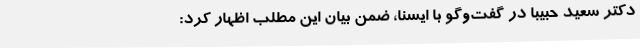
دکتر سعید حبیبا در گفت‌وگو با ایسنا،‌ ضمن بیان این مطلب اظهار کرد: